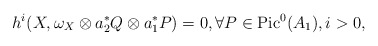
\begin{align*}h^i(X,\omega_X\otimes a_2^*Q\otimes a_1^*P)=0,\forall P\in {\rm Pic}^0(A_1), i>0,\end{align*}